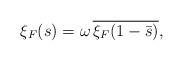
LaTeX: \begin{align*} \xi_F(s)=\omega \, \overline{\xi_F(1-\bar{s})},\end{align*}